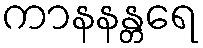
ကာနနန္တရေ